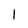
Character: 1